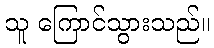
သူ ကြောင်သွားသည်။